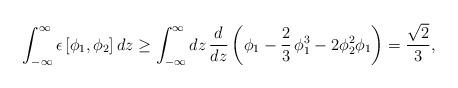
LaTeX: \begin{align*}\int_{-\infty}^{\infty} \epsilon\left[\phi_1, \phi_2\right] dz \geq\int_{-\infty}^{\infty} dz \,\frac{d}{dz} \left({\phi_1}-\frac{2}{3}\,\phi_1^3 -2 \phi_2^2 \phi_1 \right) = \frac{\sqrt 2}{3},\end{align*}